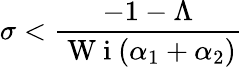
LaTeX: \sigma<\frac{-1-\Lambda}{\mathrm{~W~i~}(\alpha_{1}+\alpha_{2})}